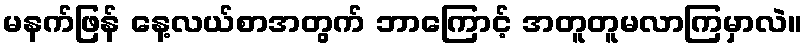
မနက်ဖြန် နေ့လယ်စာအတွက် ဘာကြောင့် အတူတူမလာကြမှာလဲ။